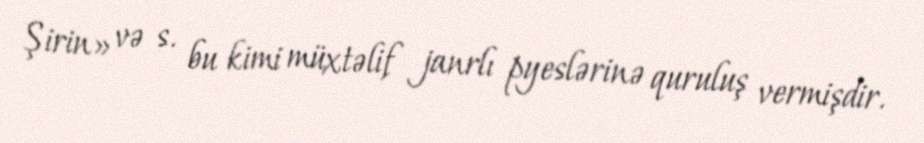
Şirin» və s. bu kimi müxtəlif janrlı pyeslərinə quruluş vermişdir.